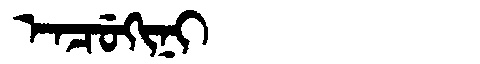
Manchu: ᡝᠨᠴᡠᡴᡳᠨᡳ
Romanization: ENCUKINI